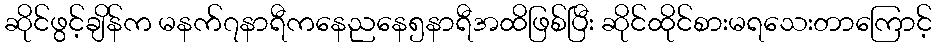
ဆိုင်ဖွင့်ချိန်က မနက်၇နာရီကနေညနေ၅နာရီအထိဖြစ်ပြီး ဆိုင်ထိုင်စားမရသေးတာကြောင့်